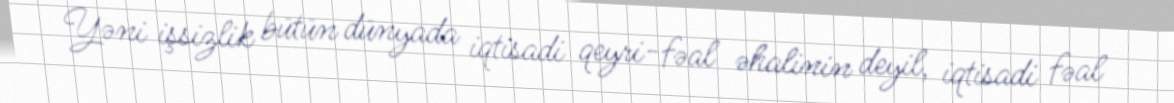
Yəni işsizlik bütün dünyada iqtisadi qeyri-fəal əhalinin deyil, iqtisadi fəal